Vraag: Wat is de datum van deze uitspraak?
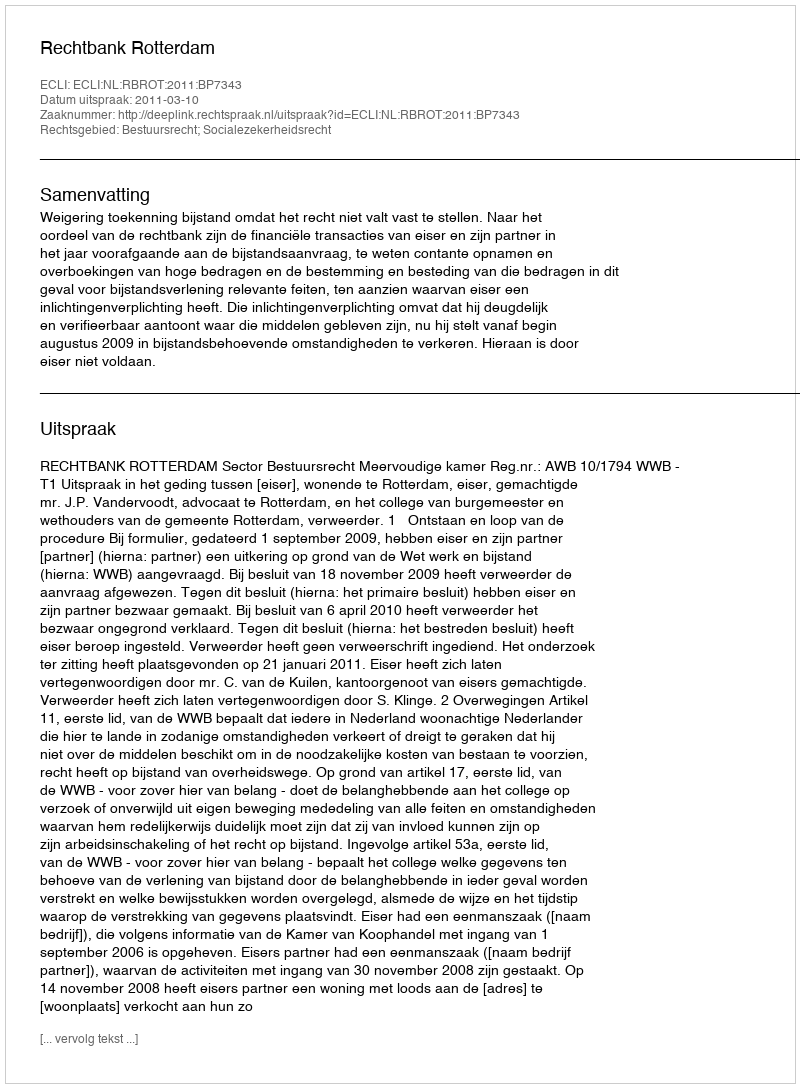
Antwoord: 2011-03-10